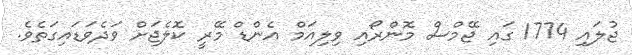
ޖުލައި 1774 ގައި ޖޭމްސް މޮންރޯއި ވިލިއަމް އެންޑް މޭރީ ކޮލެޖަށް ވަދެވަޑައިގަތެވެ.